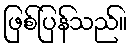
ဖြစ်ပြန်သည်။